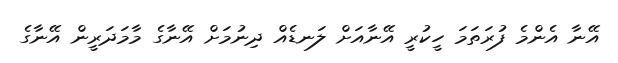
އޭނާ އެންމެ ފުރަތަމަ ހީކުރީ އޭނާއަށް ލަނޑެއް ދިނުމަށް އޭނާގެ މާމަދަރީން އޭނާގެ